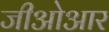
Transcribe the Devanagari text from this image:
जीओआर